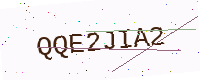
Text: QQE2JIA2